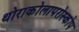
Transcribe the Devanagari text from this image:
थोराकोलापरोस्कोप